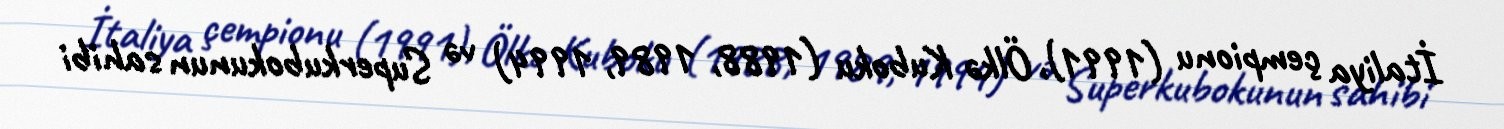
İtaliya çempionu (1991), Ölkə Kuboku (1988, 1989, 1994) və Superkubokunun sahibi